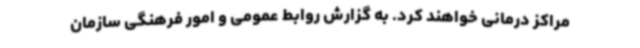
مراکز درمانی خواهند کرد. به گزارش روابط عمومی و امور فرهنگی سازمان